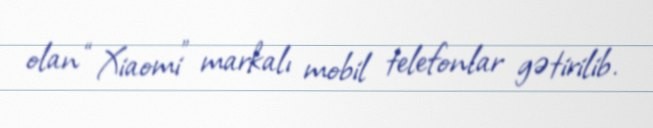
olan “Xiaomi” markalı mobil telefonlar gətirilib.